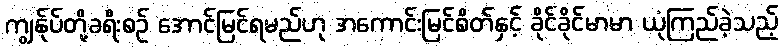
ကျွန်ုပ်တို့ခရီးစဉ် အောင်မြင်ရမည်ဟု အကောင်းမြင်စိတ်နှင့် ခိုင်ခိုင်မာမာ ယုံကြည်ခဲ့သည့်